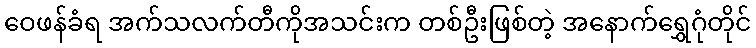
ဝေဖန်ခံရ အက်သလက်တီကိုအသင်းက တစ်ဦးဖြစ်တဲ့ အနောက်ရွှေဂုံတိုင်